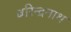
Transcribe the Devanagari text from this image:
बरिन्द्रनाथ